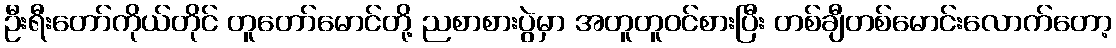
ဦးရီးတော်ကိုယ်တိုင် တူတော်မောင်တို့ ညစာစားပွဲမှာ အတူတူဝင်စားပြီး တစ်ချီတစ်မောင်းလောက်တော့